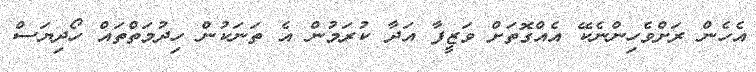
އެހެން ރަށްވެހިންނެކޭ އެއްގޮތަށް ވަޒީފާ އަދާ ކުރަމުން އެ ތަނަކުން ހިދުމަތްތައް ހޯދިޔަސް